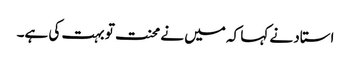
استاد نے کہا کہ میں نے محنت تو بہت کی ہے۔